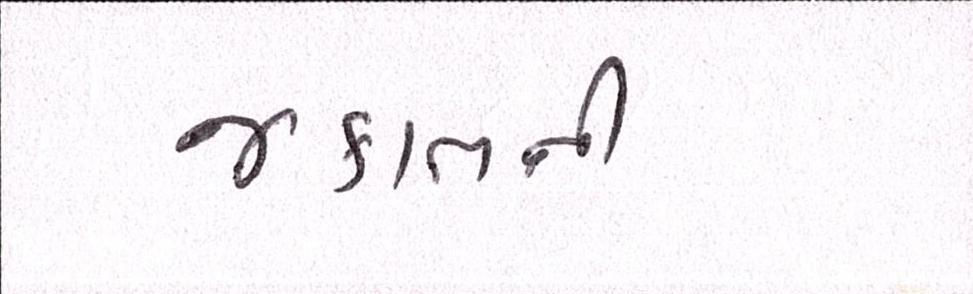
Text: જકાતની